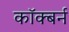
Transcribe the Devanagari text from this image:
कॉक्बर्न